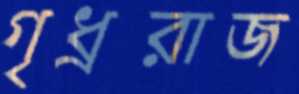
গৃধ্ররাজ